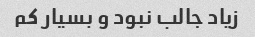
زیاد جالب نبود و بسیار کم